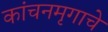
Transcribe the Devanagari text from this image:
कांचनमृगाचे